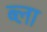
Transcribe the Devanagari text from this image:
ब्ला